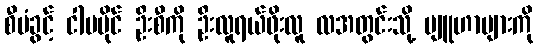
စီမံခွင့် ငါမပိုင် ဦးစီကို ဦးလူရယ်ဖိုးလူ လအတွင်းသို့ ဗျူဟာများကို